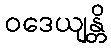
ဝဒေယျန္တိ